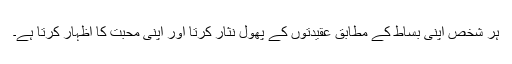
ہر شخص اپنی بساط کے مطابق عقیدتوں کے پھول نثار کرتا اور اپنی محبت کا اظہار کرتا ہے۔